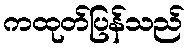
ကထုတ်ပြန်သည်